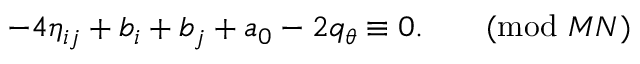
- 4 \eta _ { i j } + b _ { i } + b _ { j } + a _ { 0 } - 2 q _ { \theta } \equiv 0 . \qquad ( \mathrm { m o d } \ M N )